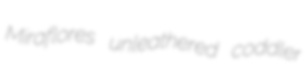
Miraflores unleathered coddler